Jaan_Tonisson_(Lasteleht), lk 89
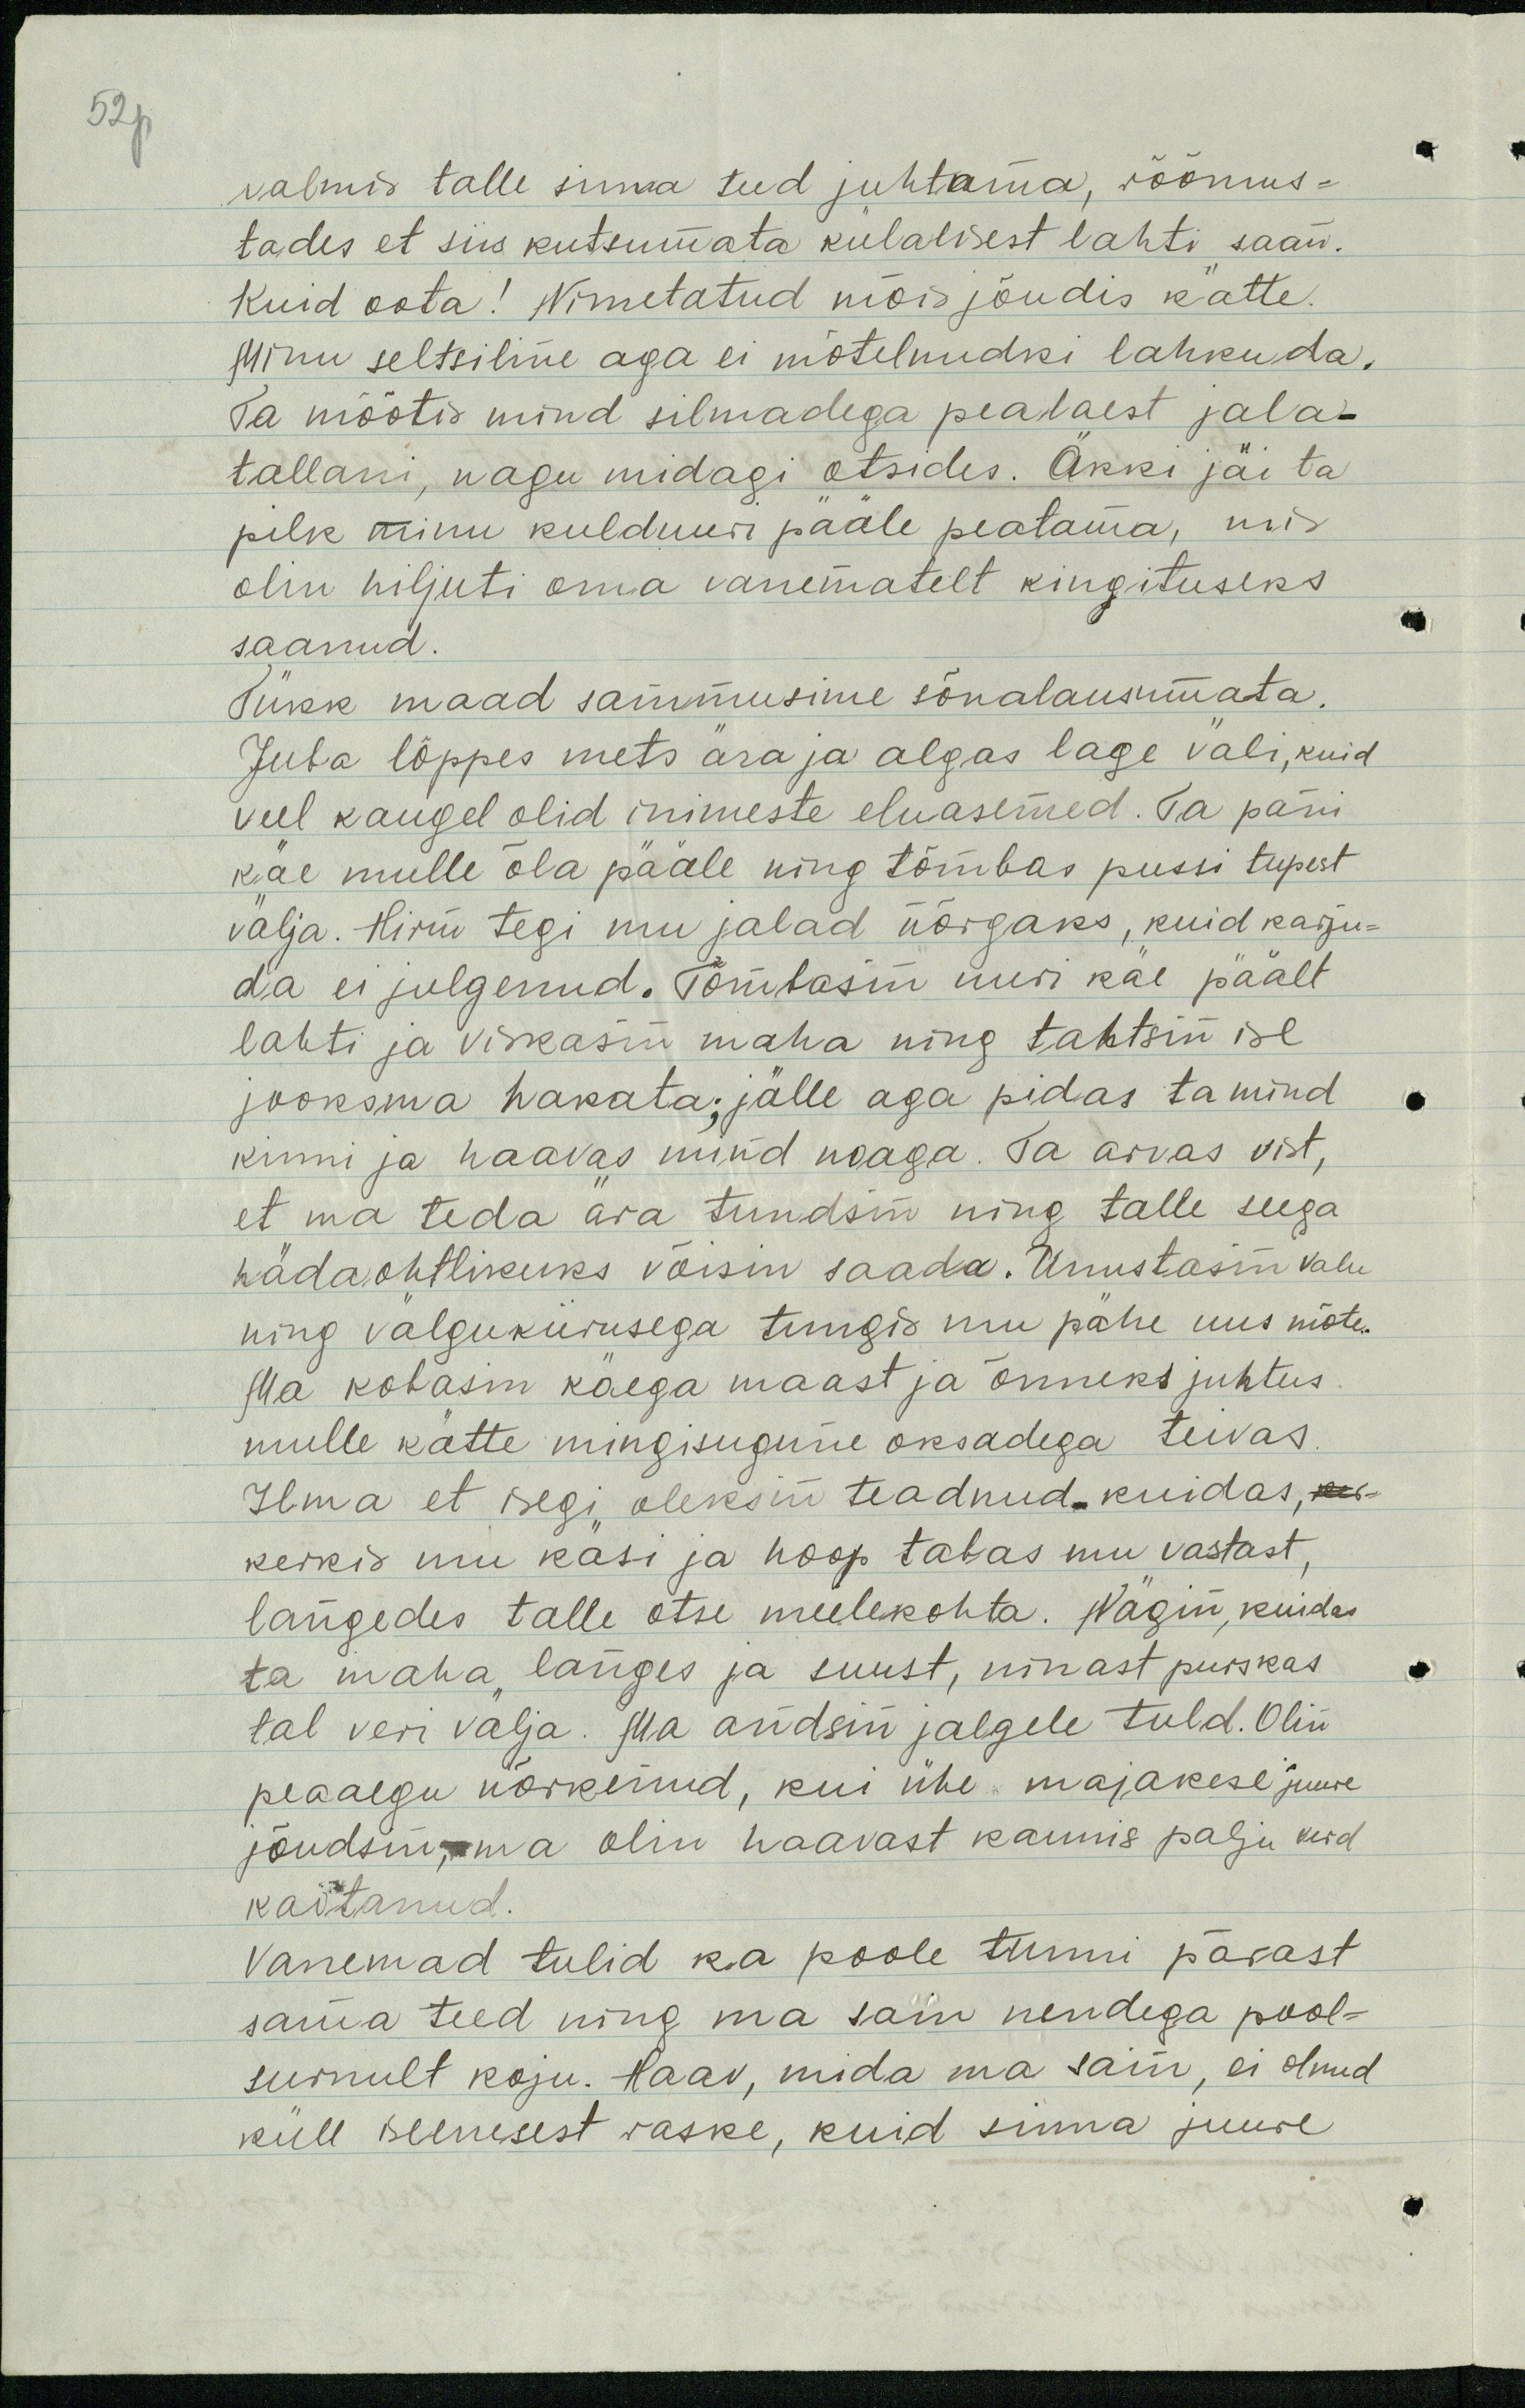
52p

valmis talle sinna teed juhtama, rõõmus-
tades et siis kutsumata külalisest lahti saan.
Kuid oota! Nimetatud mõis jõudis kätte.
Minu seltsiline aga ei mõtelnudki lahkuda.
Ta mõõtis mind silmadega pealaest jala-
tallani, nagu midagi otsides. Äkki jäi ta
pilk minu kulduuri pääle peatama, mis
olin hiljuti oma vanematelt kingituseks
saanud.
Tükk maad sammusime sõnalausumata.
Juba lõppes mets ära ja algas lage väli, kuid
veel kaugel olid inimeste eluasemed. Ta pani
käe mulle õla pääle ning tõmbas pussi tupest
välja. Hirm tegi mu jalad nõrgaks, kuid karju-
da ei julgenud. Tõmbasin uuri käe päält
lahti ja viskasin maha ning tahtsin ise
jooksma hakata; jälle aga pidas ta mind
kinni ja haavas mind noaga. Ta arvas vist,
et ma teda ära tundsin ning talle seega
hädaohtlikuks võisin saada. Unustasin valu
ning välgukiirusega tungis mu pähe uus mõte.
Ma kobasin käega maast ja õnneks juhtus
mulle kätte mingisugune oksadega teivas.
Ilma et isegi oleksin teadnud, kuidas, ker
kerkis mu käsi ja hoop tabas mu vastast,
langedes talle otse meelekohta. Nägin, kuidas
ta maha langes ja suust, ninast purskas
tal veri välja. Ma andsin jalgele tuld. Olin
peaaegu nõrkenud, kui ühe majakese juure
jõudsin, ma olin haavast kaunis palju verd
kaotanud.
Vanemad tulid ka poole tunni pärast
sama teed ning ma sain nendega pool-
surnult koju. Haav, mida ma sain, ei olnud
küll iseenesest raske, kuid sinna juure